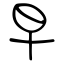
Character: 早